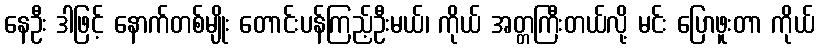
နေဦး ဒါဖြင့် နောက်တစ်မျိုး တောင်းပန်ကြည့်ဦးမယ်၊ ကိုယ် အတ္တကြီးတယ်လို့ မင်း ပြောဖူးတာ ကိုယ်